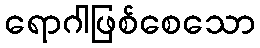
ရောဂါဖြစ်စေသော